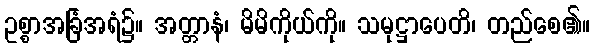
ဥစ္စာအခြံအရံ၌။ အတ္တာနံ၊ မိမိကိုယ်ကို။ သမုဋ္ဌာပေတိ၊ တည်စေ၏။